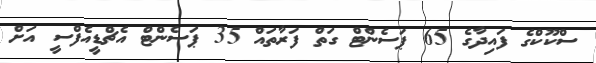
ސްކޫކްގެ ފައިދާގެ 65 ޕަސެންޓް ގަތް ފަރާތައް 35 ޕަސެންޓް އެޗްޑީއެފްސީ އަށް